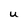
Character: U